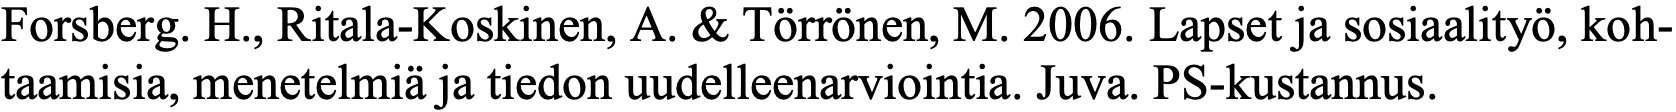
Forsberg. H., Ritala-Koskinen, A. & Törrönen, M. 2006. Lapset ja sosiaalityö, koh- taamisia, menetelmiä ja tiedon uudelleenarviointia. Juva. PS-kustannus.